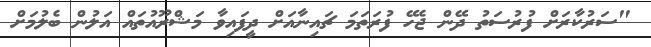
"ސަރުކާރަށް ފުރުސަތު ދޭން ޖެހޭ ފުރަތަމަ ޗައިނާއަށް ދީފައިވާ މަޝްރޫއުތައް އަލުން ބެލުމަށް